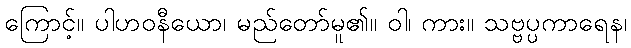
ကြောင့်။ ပါဟဝနီယော၊ မည်တော်မူ၏။ ဝါ၊ ကား။ သဗ္ဗပ္ပကာရေန၊